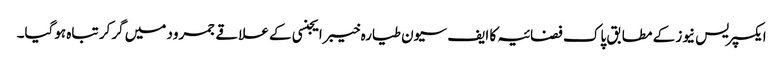
ایکسپریس نیوز کے مطابق پاک فضائیہ کا ایف سیون طیارہ خیبرایجنسی کے علاقے جمرود میں گرکر تباہ ہوگیا۔